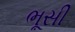
ભૂસી